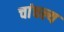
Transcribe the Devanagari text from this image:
चांचल्य